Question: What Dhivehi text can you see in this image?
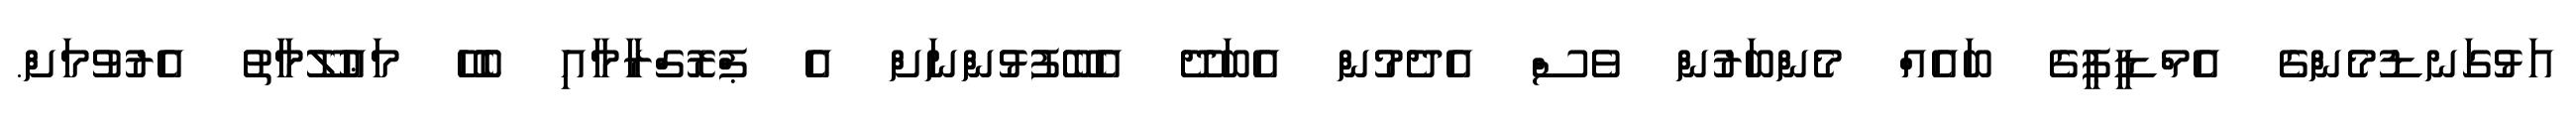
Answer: އަޅުގަނޑުމެންގެ އެމްޑީޕީގެ ބައެއް މެންބަރުން ވެސް އެދެމުން އެބަދޭ އެބޭފުޅުންނަށް އެ ޕްރޮގްރާމާއި ބެހޭ މަޢުލޫމާތު އެރުވުމަށް.